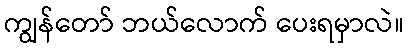
ကျွန်တော် ဘယ်လောက် ပေးရမှာလဲ။